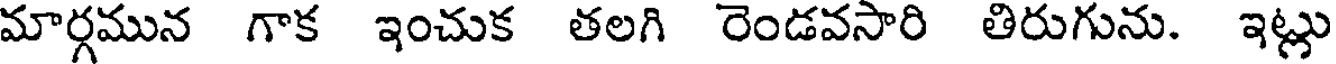
మార్గమున గాక ఇంచుక తలగి రెండవసారి తిరుగును. ఇట్లు